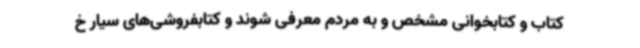
کتاب و کتابخوانی مشخص و به مردم معرفی شوند و کتابفروشی‌های سیار خ